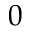
0